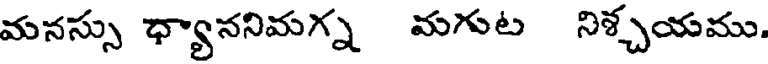
మనస్సు ధ్యాననిమగ్న మగుట నిశ్చయము.